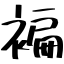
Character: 褊